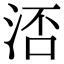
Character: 㳪